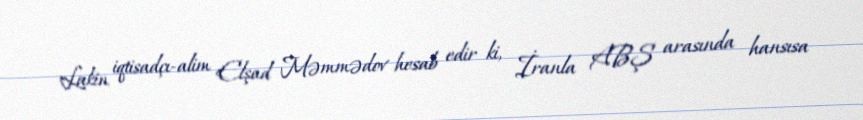
Lakin iqtisadçı-alim Elşad Məmmədov hesab edir ki, İranla ABŞ arasında hansısa